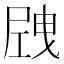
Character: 𡲝